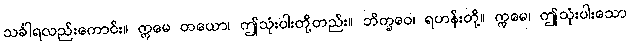
သင်္ခါရလည်းကောင်း။ ဣမေ တယော၊ ဤသုံးပါးတို့တည်း။ ဘိက္ခဝေ၊ ရဟန်းတို့။ ဣမေ၊ ဤသုံးပါးသော